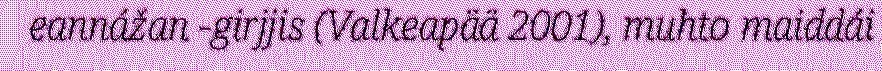
eannážan -girjjis (Valkeapää 2001), muhto maiddái